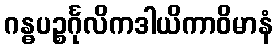
ဂန္ဓပဉ္စင်္ဂုလိကဒါယိကာဝိမာနံ